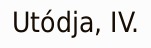
Utódja, IV.